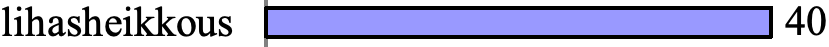
lihasheikkous             40